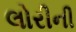
લોરીની